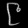
Digit: ၉